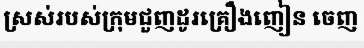
ស្រស់របស់ក្រុមជួញដូរគ្រឿងញៀន ចេញ